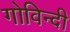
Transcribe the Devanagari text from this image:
गोविन्दी